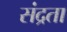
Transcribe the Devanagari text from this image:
संद्रता